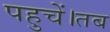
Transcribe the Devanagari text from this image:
पहुचें।तब